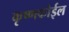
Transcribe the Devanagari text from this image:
कृष्णकोईल